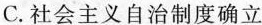
C.社会主义自治制度确立